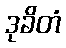
ဒုခိတံ